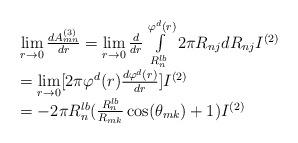
LaTeX: \begin{align*}\begin{array}{l}\lim\limits_{r\rightarrow 0}\frac{dA_{mn}^{(3)}}{dr}=\lim\limits_{r\rightarrow 0}\frac{d}{dr}\int\limits_{R_n^{lb}}^{\varphi^d(r)}2\pi R_{nj}dR_{nj}I^{(2)}\\=\lim\limits_{r\rightarrow 0}[2\pi \varphi^d(r)\frac{d\varphi^d(r)}{dr}]I^{(2)}\\=-2\pi R_n^{lb}(\frac{R_n^{lb}}{R_{mk}}\cos(\theta_{mk})+1)I^{(2)}\end{array}\end{align*}